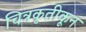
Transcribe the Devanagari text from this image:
चित्रकृतीकून